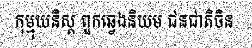
កុម្មុយនិស្ត ពួកឆ្វេងនិយម ជនជាតិចិន